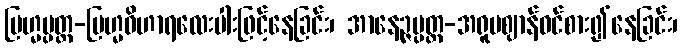
ဗြဟ္မပ္ပတ္တ-ဗြဟ္မဝိဟာရလေးပါးဖြင့်နေခြင်း၊ အာနေဉ္ဇပ္ပတ္တ-အရူပဈာန်ဝင်စား၍နေခြင်း၊